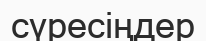
сүресіңдер